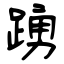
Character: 踴